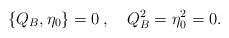
\begin{align*}\{Q_B,\eta_0\}=0 \> , \quad Q_B^2=\eta_0^2=0. \end{align*}